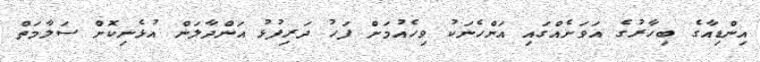
އިންޑިއާގެ ބިހާރުގެ އަވަށެއްގައި އަންހެނަކު ވިހެއުމަށް ފަހު ދަރިފުޅު އަންދާލަން އުޅެނިކޮށް ސަލާމަތް